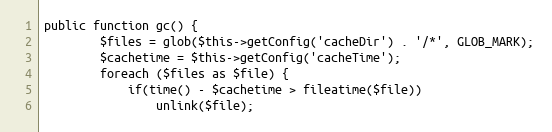
Language: PHP
public function gc() {
        $files = glob($this->getConfig('cacheDir') . '/*', GLOB_MARK);
        $cachetime = $this->getConfig('cacheTime');
        foreach ($files as $file) {
            if(time() - $cachetime > fileatime($file))
                unlink($file);